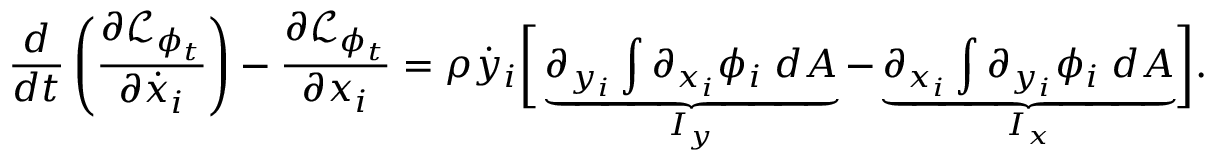
\frac { d } { d t } \left( \frac { \partial \mathcal { L } _ { \phi _ { t } } } { \partial \dot { x } _ { i } } \right) - \frac { \partial \mathcal { L } _ { \phi _ { t } } } { \partial x _ { i } } = \rho \dot { y } _ { i } \biggr [ \underbrace { \partial _ { y _ { i } } \int \partial _ { x _ { i } } \phi _ { i } \; d A } _ { I _ { y } } - \underbrace { \partial _ { x _ { i } } \int \partial _ { y _ { i } } \phi _ { i } \; d A } _ { I _ { x } } \biggr ] .